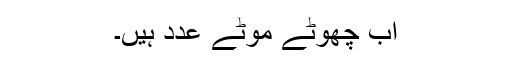
اب چھوٹے موٹے عدد ہیں۔